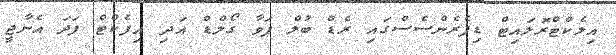
އިލެކްޓްރޮލައިޓް ޑިފެރެންސެސްގައި ރެޑް ބުލް ޕަވާ ގޯލްޑް އަދި އިފެކްޓް ފަދަ އެނާޖީ